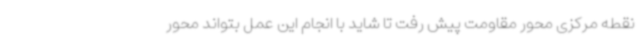
نقطه مرکزی محور مقاومت پیش رفت تا شاید با انجام این عمل بتواند محور